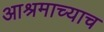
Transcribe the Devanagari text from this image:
आश्रमाच्याच